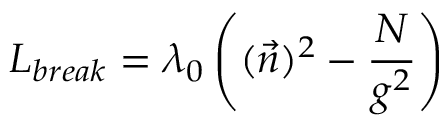
L _ { b r e a k } = \lambda _ { 0 } \left( ( \vec { n } ) ^ { 2 } - \frac { N } { g ^ { 2 } } \right)